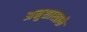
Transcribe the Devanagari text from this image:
अनुशाखाके